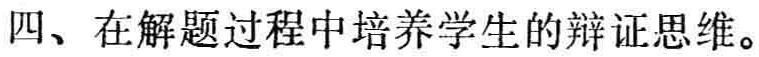
四、在解题过程中培养学生的辩证思维。